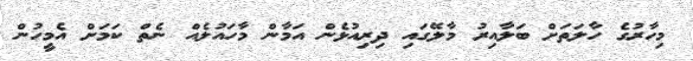
މިހާރުގެ ހާލަތަށް ބަލާއިރު މާލޭގައި ދިރިއުޅެން އަމާން މާހައުލެއް ނެތް ކަމަށް އެމީހުން